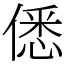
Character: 僁